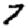
Digit: 7